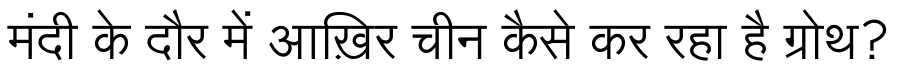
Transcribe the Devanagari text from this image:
मंदी के दौर में आख़िर चीन कैसे कर रहा है ग्रोथ?